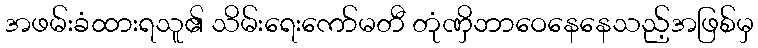
အဖမ်းခံထားရသူ၏ သိမ်းရေးကော်မတီ တုံဏှိဘာဝေနေနေသည့်အဖြစ်မှ